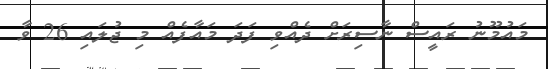
މައުމޫނު ރައީސް ނާސިރަށް ދެއްވި ފަދަ މައާފެއް މި ޖުލައި 26 ވާ